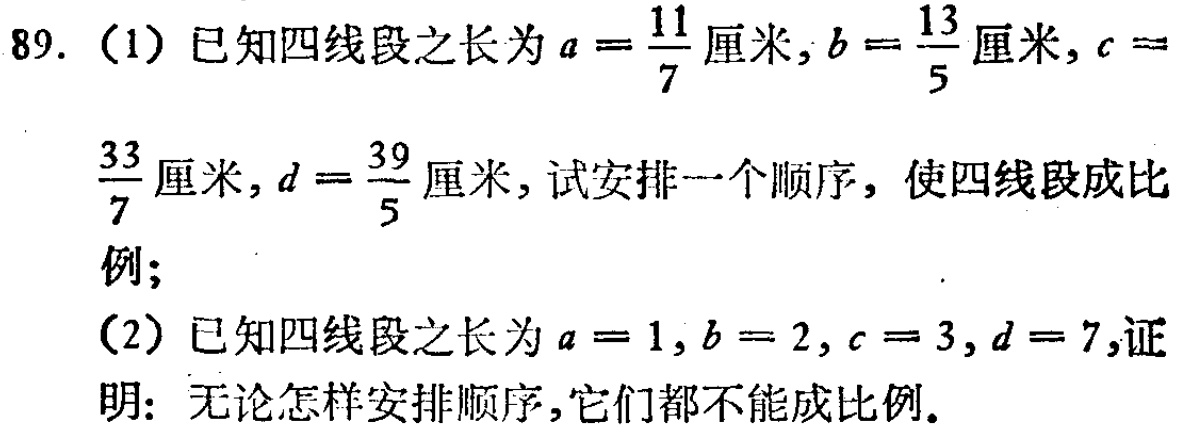
89. (1) 已知四线段之长为\(a = \frac{11}{7}\)厘米, \(b = \frac{13}{5}\)厘米, \(c = \frac{33}{7}\)厘米, \(d = \frac{39}{5}\)厘米, 试安排一个顺序, 使四线段成比例;
(2) 已知四线段之长为\(a = 1\), \(b = 2\), \(c = 3\), \(d = 7\),证明: 无论怎样安排顺序,它们都不能成比例.